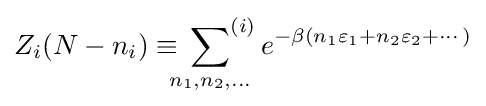
Z_{i}(N-n_{i})\equiv \sideset {}{^{(i)}}\sum _{n_{1},n_{2},\ldots }e^{-\beta (n_{1}\varepsilon _{1}+n_{2}\varepsilon _{2}+\cdots )}